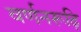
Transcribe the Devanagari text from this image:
वर्णनरूढ़ि